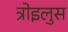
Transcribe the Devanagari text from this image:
त्रोइलुस